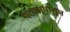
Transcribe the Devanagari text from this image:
पठणापासून